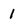
Character: 1